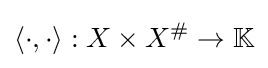
\left\langle \cdot ,\cdot \right\rangle :X\times X^{\#}\to \mathbb {K}